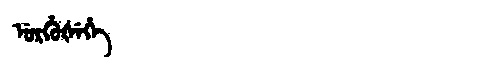
Manchu: ᡠᡵᡥᡠᡧᡝᡥᡝ
Romanization: URHUŠEHE